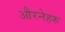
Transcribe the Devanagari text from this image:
औरनेहरु